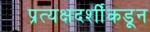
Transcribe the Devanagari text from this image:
प्रत्यक्षदर्शींकडून